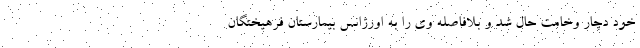
خود دچار وخامت حال شد و بلافاصله وی را به اورژانس بیمارستان فرهیختگان